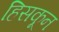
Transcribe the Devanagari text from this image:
हिसकून